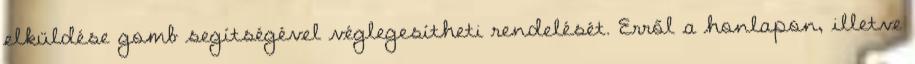
elküldése gomb segítségével véglegesítheti rendelését. Erről a honlapon, illetve